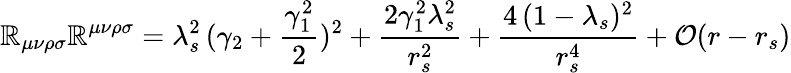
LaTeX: \mathbb{R}_{\mu\nu\rho\sigma}\mathbb{R}^{\mu\nu\rho\sigma}=\lambda_{s}^{2}\, (\gamma_{2}+\frac{{\gamma_{1}^{2}}}{{2}})^{2}+\frac{{2\gamma_{1}^{2}\lambda_{s}^{2}}}{{r_{s}^{2}}}+\frac{{4\, (1-\lambda_{s})^{2}}}{{r_{s}^{4}}}+{\cal{O}}(r-r_{s})